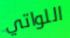
اللواتي